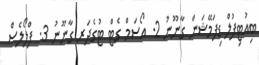
ބިއުޓިފުލް ޑިފަމޭޝަން ގާނޫނު 2. އޯސަމް ގެޓް ޓުގެދަރ ގާނޫނު 3. ފްލޯލެސް